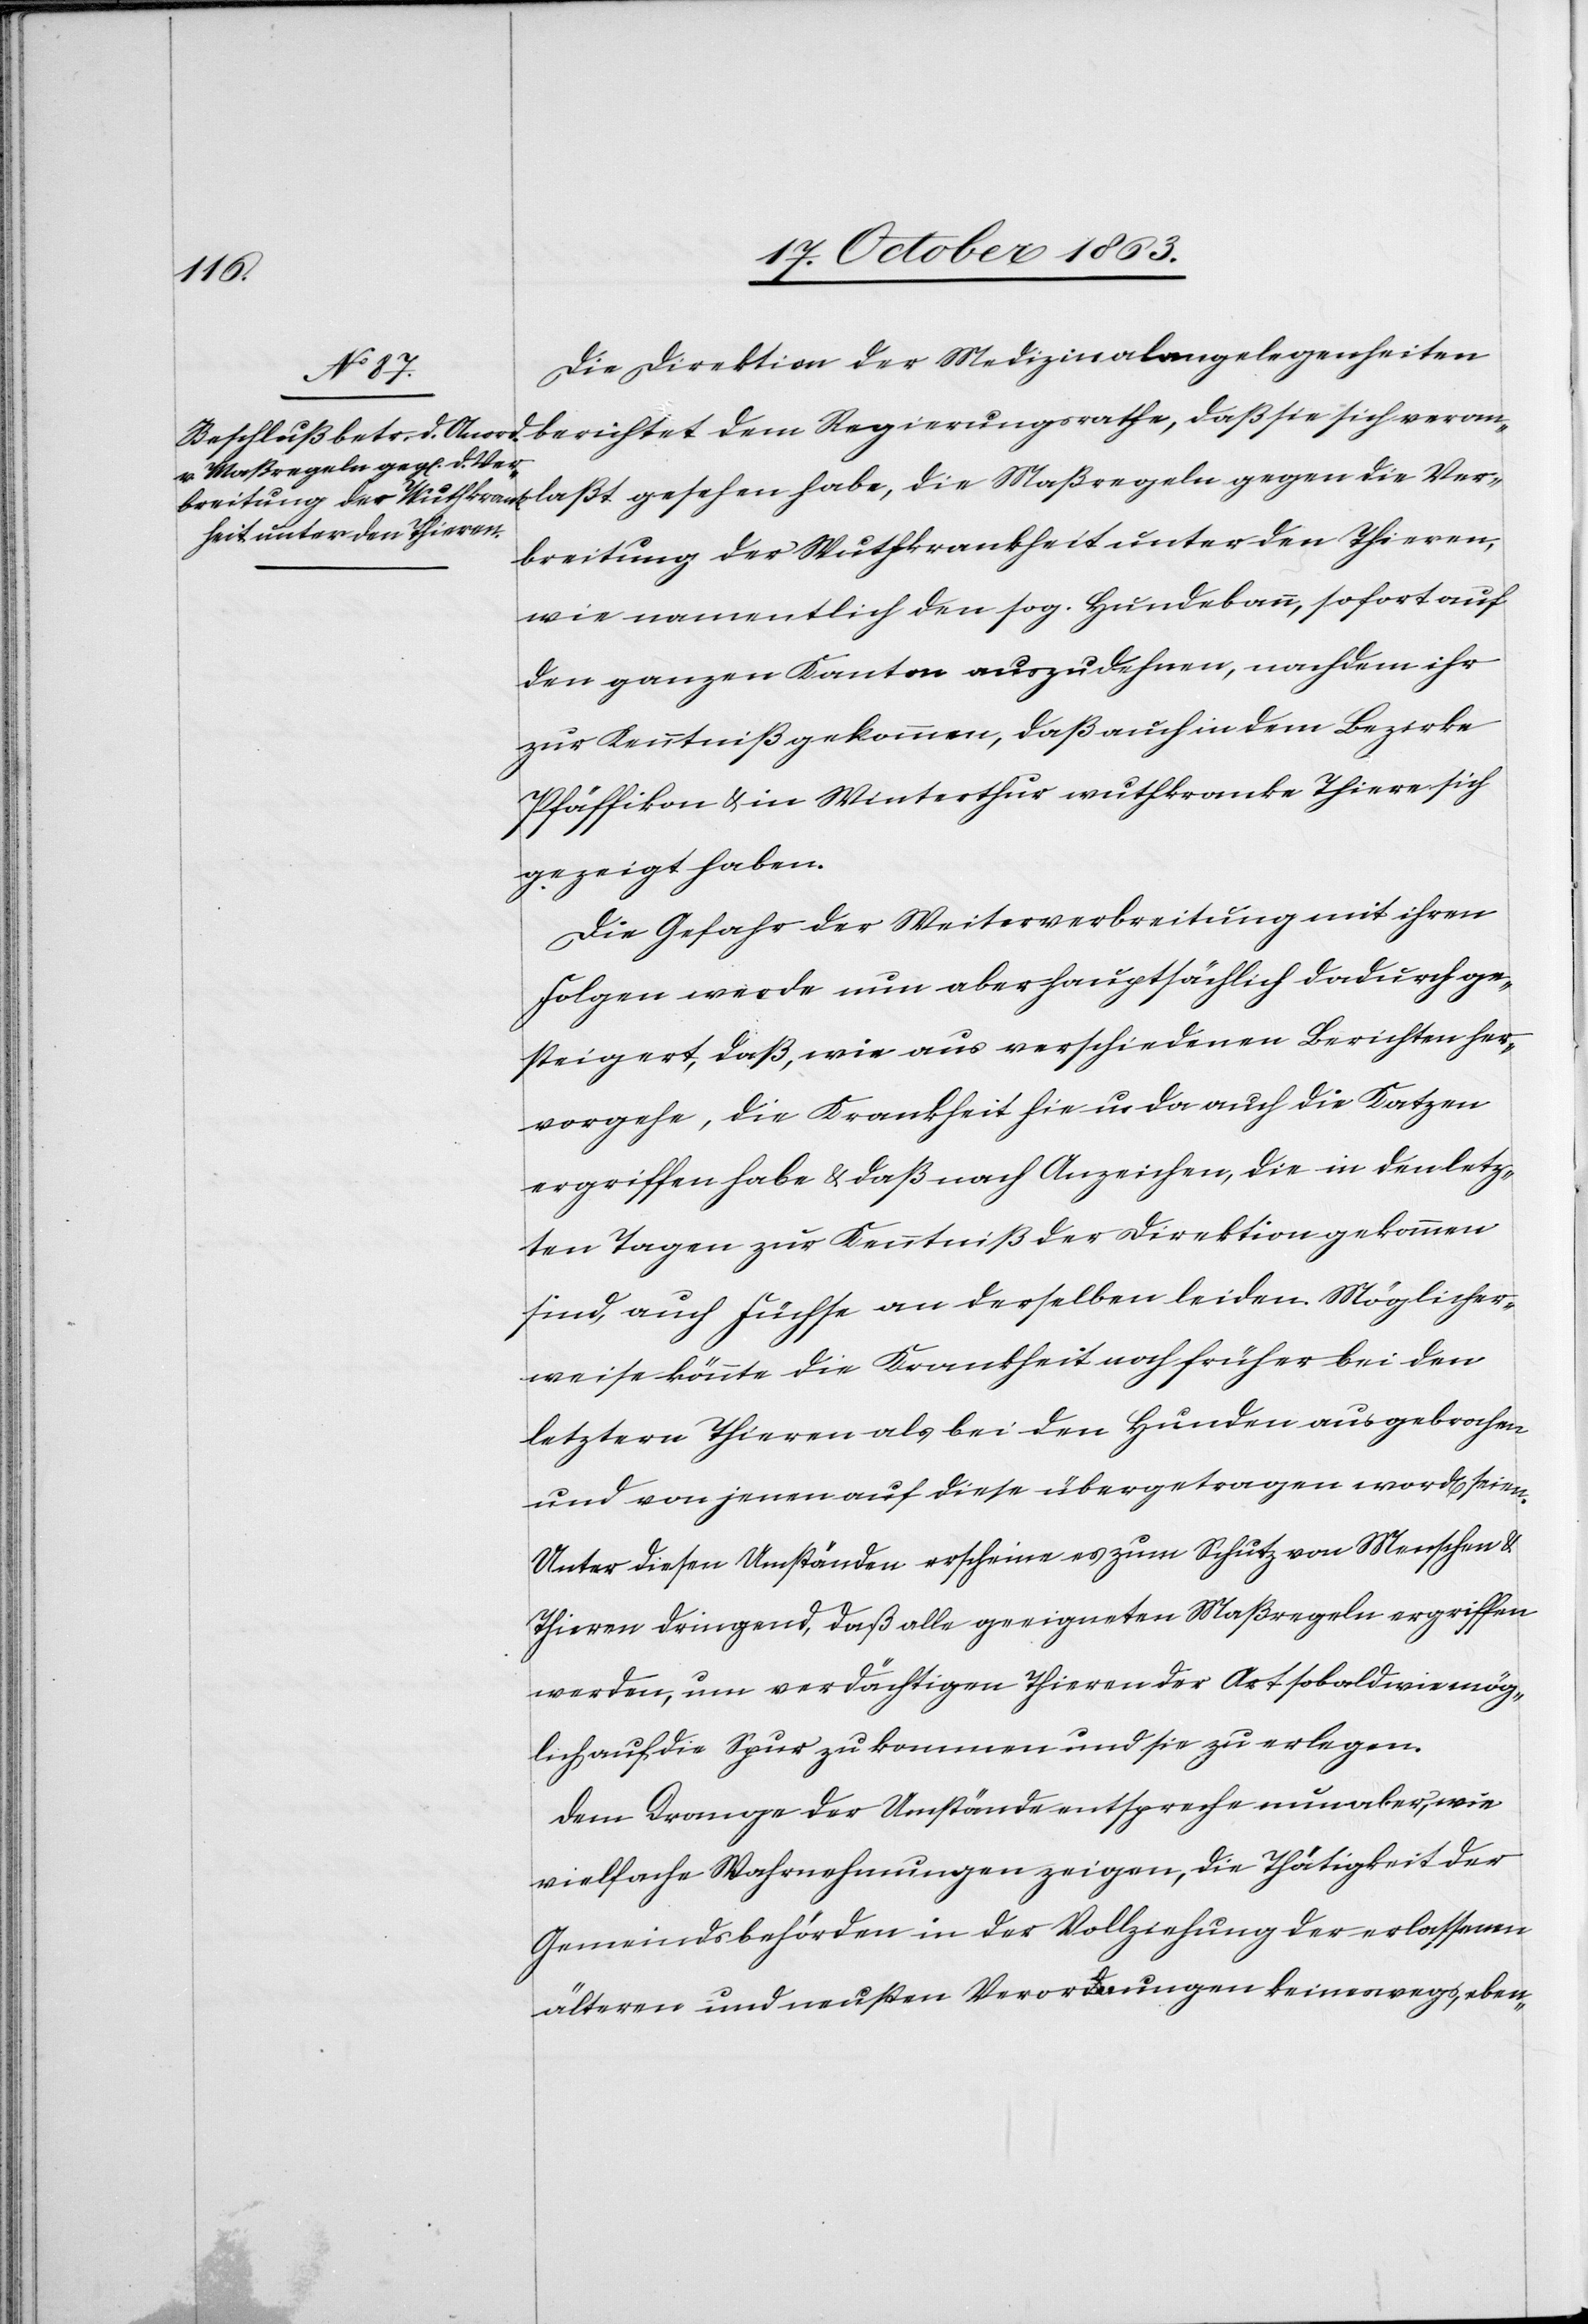
vera¬
Die Direktion der Medizinalangelegenheiten
nlaßt gesehen habe, die Maßregeln gegen die Ver¬
breitung der Wuthkrankheit unter den Thieren,
wie namentlich den sog. Hundebann, sofort auf
den ganzen Kanton auszudehnen, nachdem ihr
zur Kenntniß gekommen, daß auch in dem Bezirke
Pfäffikon & in Winterthur wuthkranke Thiere sich
gezeigt haben.
Die Gefahr der Weiterverbreitung mit ihren
Folgen werde nun aber hauptsächlich dadurch ge¬
steigert, daß wie aus verschiedenen Berichten her¬
vorgehe, die Krankheit hie u. da auch die Katzen
ergriffen habe & daß nach Anzeichen, die in den letz¬
ten Tagen zur Kenntniß der Direktion gekommen
sind, auch Füchse an derselben leiden. Möglicher¬
weise könnte die Krankheit noch früher bei den
letztern Thieren als bei den Hunden ausgebrochen
und von jenen auf diese übergetragen word[en] seien
Unter diesen Umständen erscheine es zum Schutz von Menschen &
Thieren dringend, daß alle geeigneten Maßregeln ergriffen
werden, um verdächtigen Thieren der Art sobald wie mög¬
lich auf die Spur zu kommen und sie zu erlegen.
Dem Drange der Umstände entspreche nun aber, wie
vielfache Wahrnehmungen zeigen, die Thätigkeit der
Gemeindsbehörden in der Vollziehung der erlassenen
älteren und neusten Verordnungen keineswegs, eben-